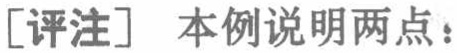
[评注] 本例说明两点：